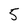
Character: 5